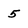
Character: 5